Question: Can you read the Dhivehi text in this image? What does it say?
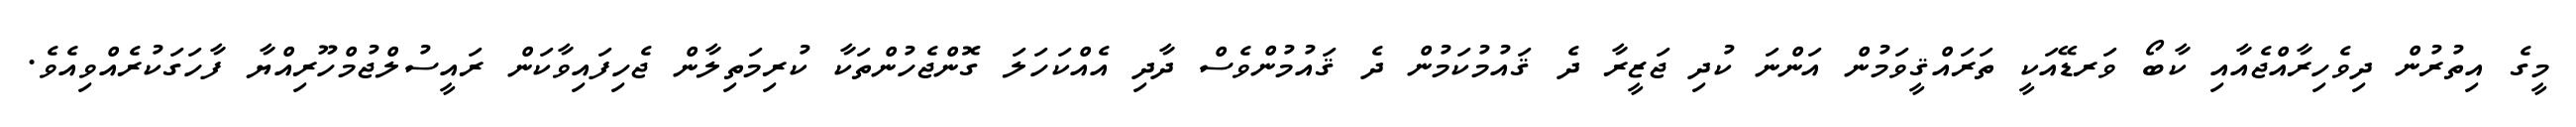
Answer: މީގެ އިތުރުން ދިވެހިރާއްޖެއާއި ކާބޯ ވަރޑޭއަކީ ތަރައްޤީވަމުން އަންނަ ކުދި ޖަޒީރާ ދެ ޤައުމުކަމުން ދެ ޤައުމުންވެސް ދާދި އެއްކަހަލަ ގޮންޖެހުންތަކާ ކުރިމަތިލާން ޖެހިފައިވާކަން ރައީސުލްޖުމްހޫރިއްޔާ ފާހަގަކުރެއްވިއެވެ.